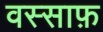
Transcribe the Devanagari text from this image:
वस्साफ़